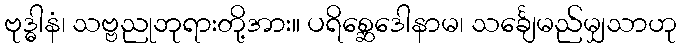
ဗုဒ္ဓါနံ၊ သဗ္ဗညုဘုရားတို့အား။ ပရိစ္ဆေဒေါနာမ၊ သင်္ချေမည်မျှသာဟု